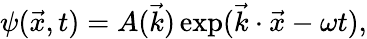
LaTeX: \psi(\vec{x},t)=A(\vec{k})\exp(\vec{k}\cdot\vec{x}-\omega t),